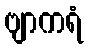
ဗျာကရံ